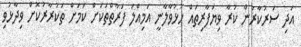
އަދި ސަރުކާރުން ކުރާ ވިޔަފާރިތައް ހުޅުވާލާނީ އަމިއްލަ ފަރާތްތަކަށް ކަމަށް ތަކުރާރުކޮށް ވިދާޅުވި